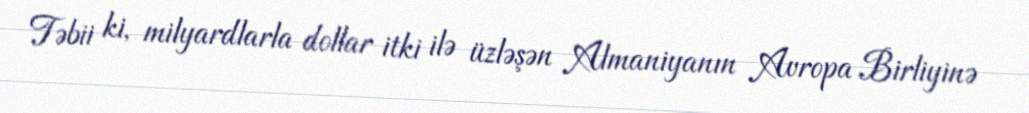
Təbii ki, milyardlarla dollar itki ilə üzləşən Almaniyanın Avropa Birliyinə